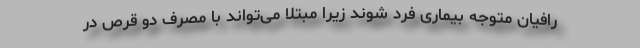
رافیان متوجه بیماری فرد شوند زیرا مبتلا می‌تواند با مصرف دو قرص در